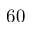
6 0